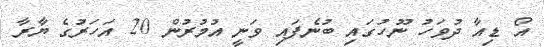
އޯ ޑިއާ ދުވަހު ނޫހުގައި ބުނެފައި ވަނީ އުމުރުން 20 އަހަރުގެ ޔާރާ